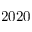
2 0 2 0